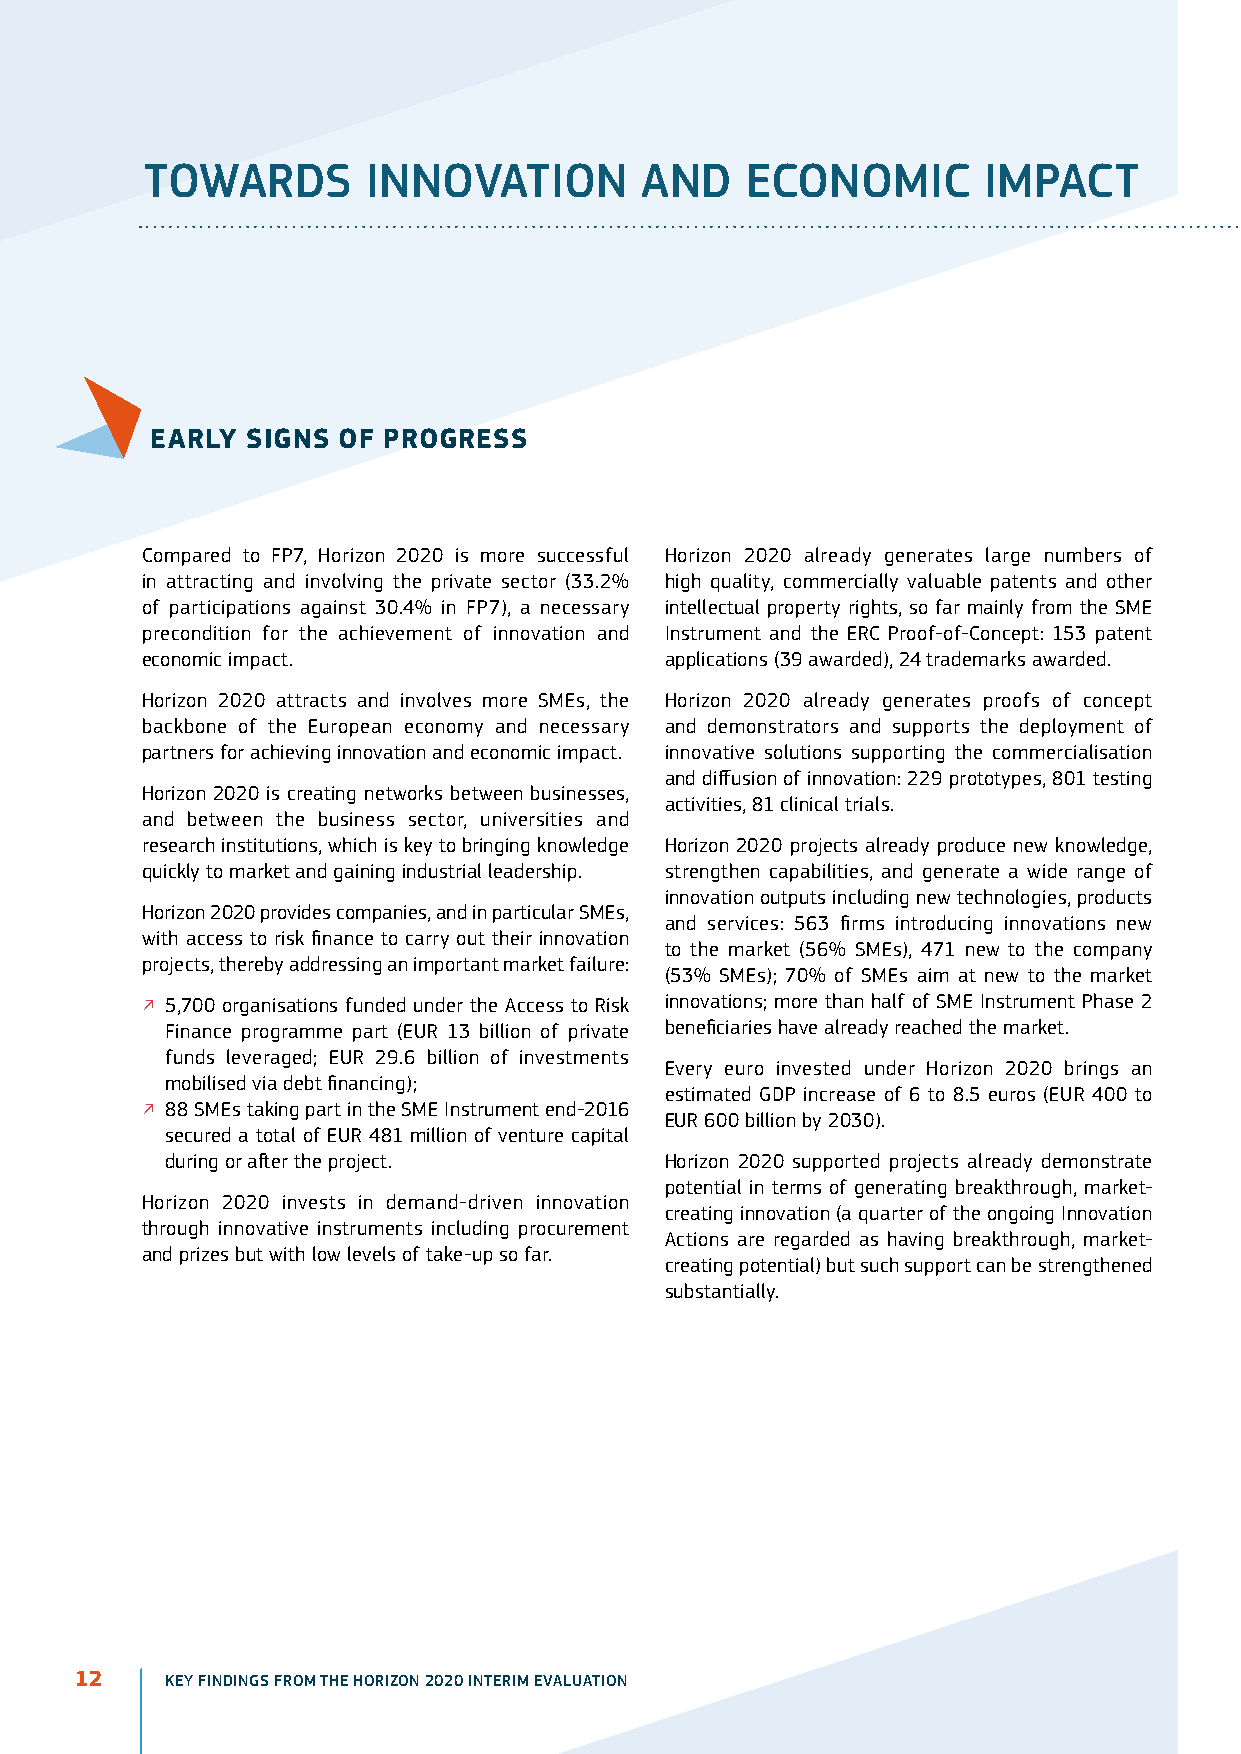
ToWArDS       innoVATion        AnD    EConoMiC        iMPACT
 EARly SignS of PRogRESS
 Compared to FP7, Horizon 2020 is more successful Horizon 2020 already generates large numbers of
 in attracting and involving the private sector (33.2% high quality, commercially valuable patents and other
 of participations against 30.4% in FP7), a necessary intellectual property rights, so far mainly from the SME
 precondition for the achievement of innovation and Instrument and the ERC Proof-of-Concept: 153 patent
 economic impact.                   applications (39 awarded), 24 trademarks awarded.
 Horizon 2020 attracts and involves more SMEs, the Horizon 2020 already generates proofs of concept
 backbone of the European economy and necessary and demonstrators and supports the deployment of
 partners for achieving innovation and economic impact. innovative solutions supporting the commercialisation
 and diffusion of innovation: 229 prototypes, 801 testing
 Horizon 2020 is creating networks between businesses,
 activities, 81 clinical trials.
 and between the business sector, universities and
 research institutions, which is key to bringing knowledge Horizon 2020 projects already produce new knowledge,
 quickly to market and gaining industrial leadership. strengthen capabilities, and generate a wide range of
 innovation outputs including new technologies, products
 Horizon 2020 provides companies, and in particular SMEs,
 and services: 563 firms introducing innovations new
 with access to risk finance to carry out their innovation
 to the market (56% SMEs), 471 new to the company
 projects, thereby addressing an important market failure:
 (53% SMEs); 70% of SMEs aim at new to the market
 o 5,700 organisations funded under the Access to Risk innovations; more than half of SME Instrument Phase 2
 Finance programme part (EUR 13 billion of private beneficiaries have already reached the market.
 funds leveraged; EUR 29.6 billion of investments
 Every euro invested under Horizon 2020 brings an
 mobilised via debt financing);
 estimated GDP increase of 6 to 8.5 euros (EUR 400 to
 o 88 SMEs taking part in the SME Instrument end-2016
 EUR 600 billion by 2030).
 secured a total of EUR 481 million of venture capital
 during or after the project.     Horizon 2020 supported projects already demonstrate
 potential in terms of generating breakthrough, market-
 Horizon 2020 invests in demand-driven innovation
 creating innovation (a quarter of the ongoing Innovation
 through innovative instruments including procurement
 Actions are regarded as having breakthrough, market-
 and prizes but with low levels of take-up so far.
 creating potential) but such support can be strengthened
 substantially.
 12    KEY FINDINGS FROM THE HORIZON 2020 INTERIM EVALUATION